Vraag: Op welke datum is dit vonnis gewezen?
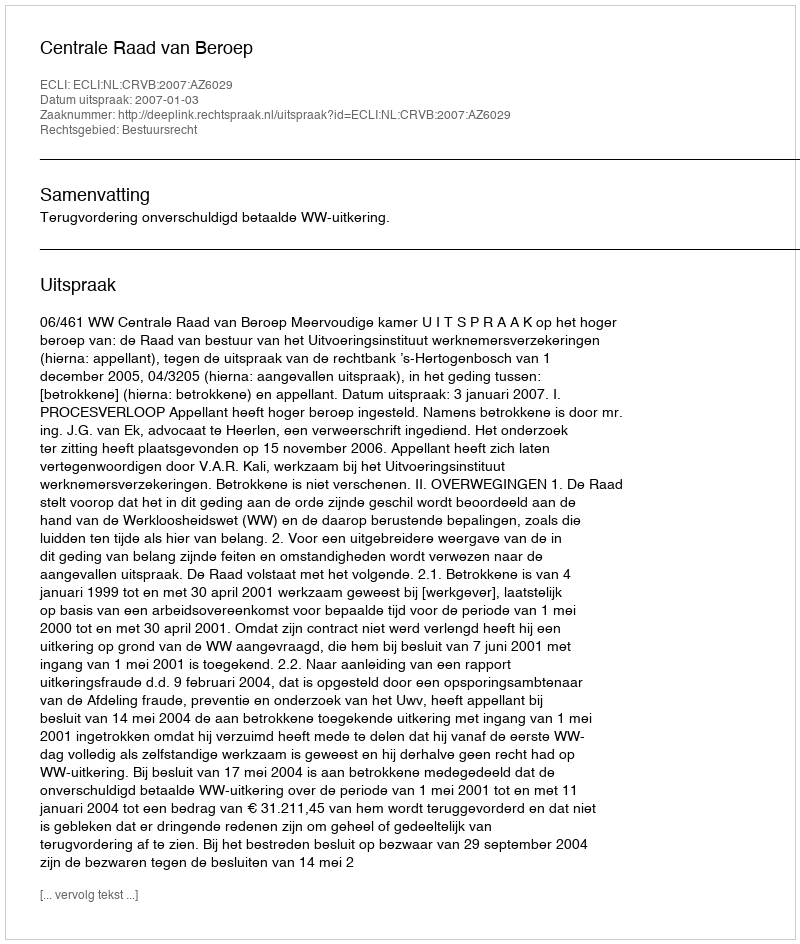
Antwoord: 2007-01-03